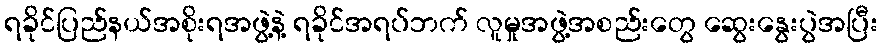
ရခိုင်ပြည်နယ်အစိုးရအဖွဲ့နဲ့ ရခိုင်အရပ်ဘက် လူမှုအဖွဲ့အစည်းတွေ ဆွေးနွေးပွဲအပြီး